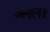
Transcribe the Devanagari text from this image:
अनल।